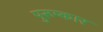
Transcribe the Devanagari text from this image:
पुरूष्कार